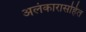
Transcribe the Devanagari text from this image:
अलंकारासहित